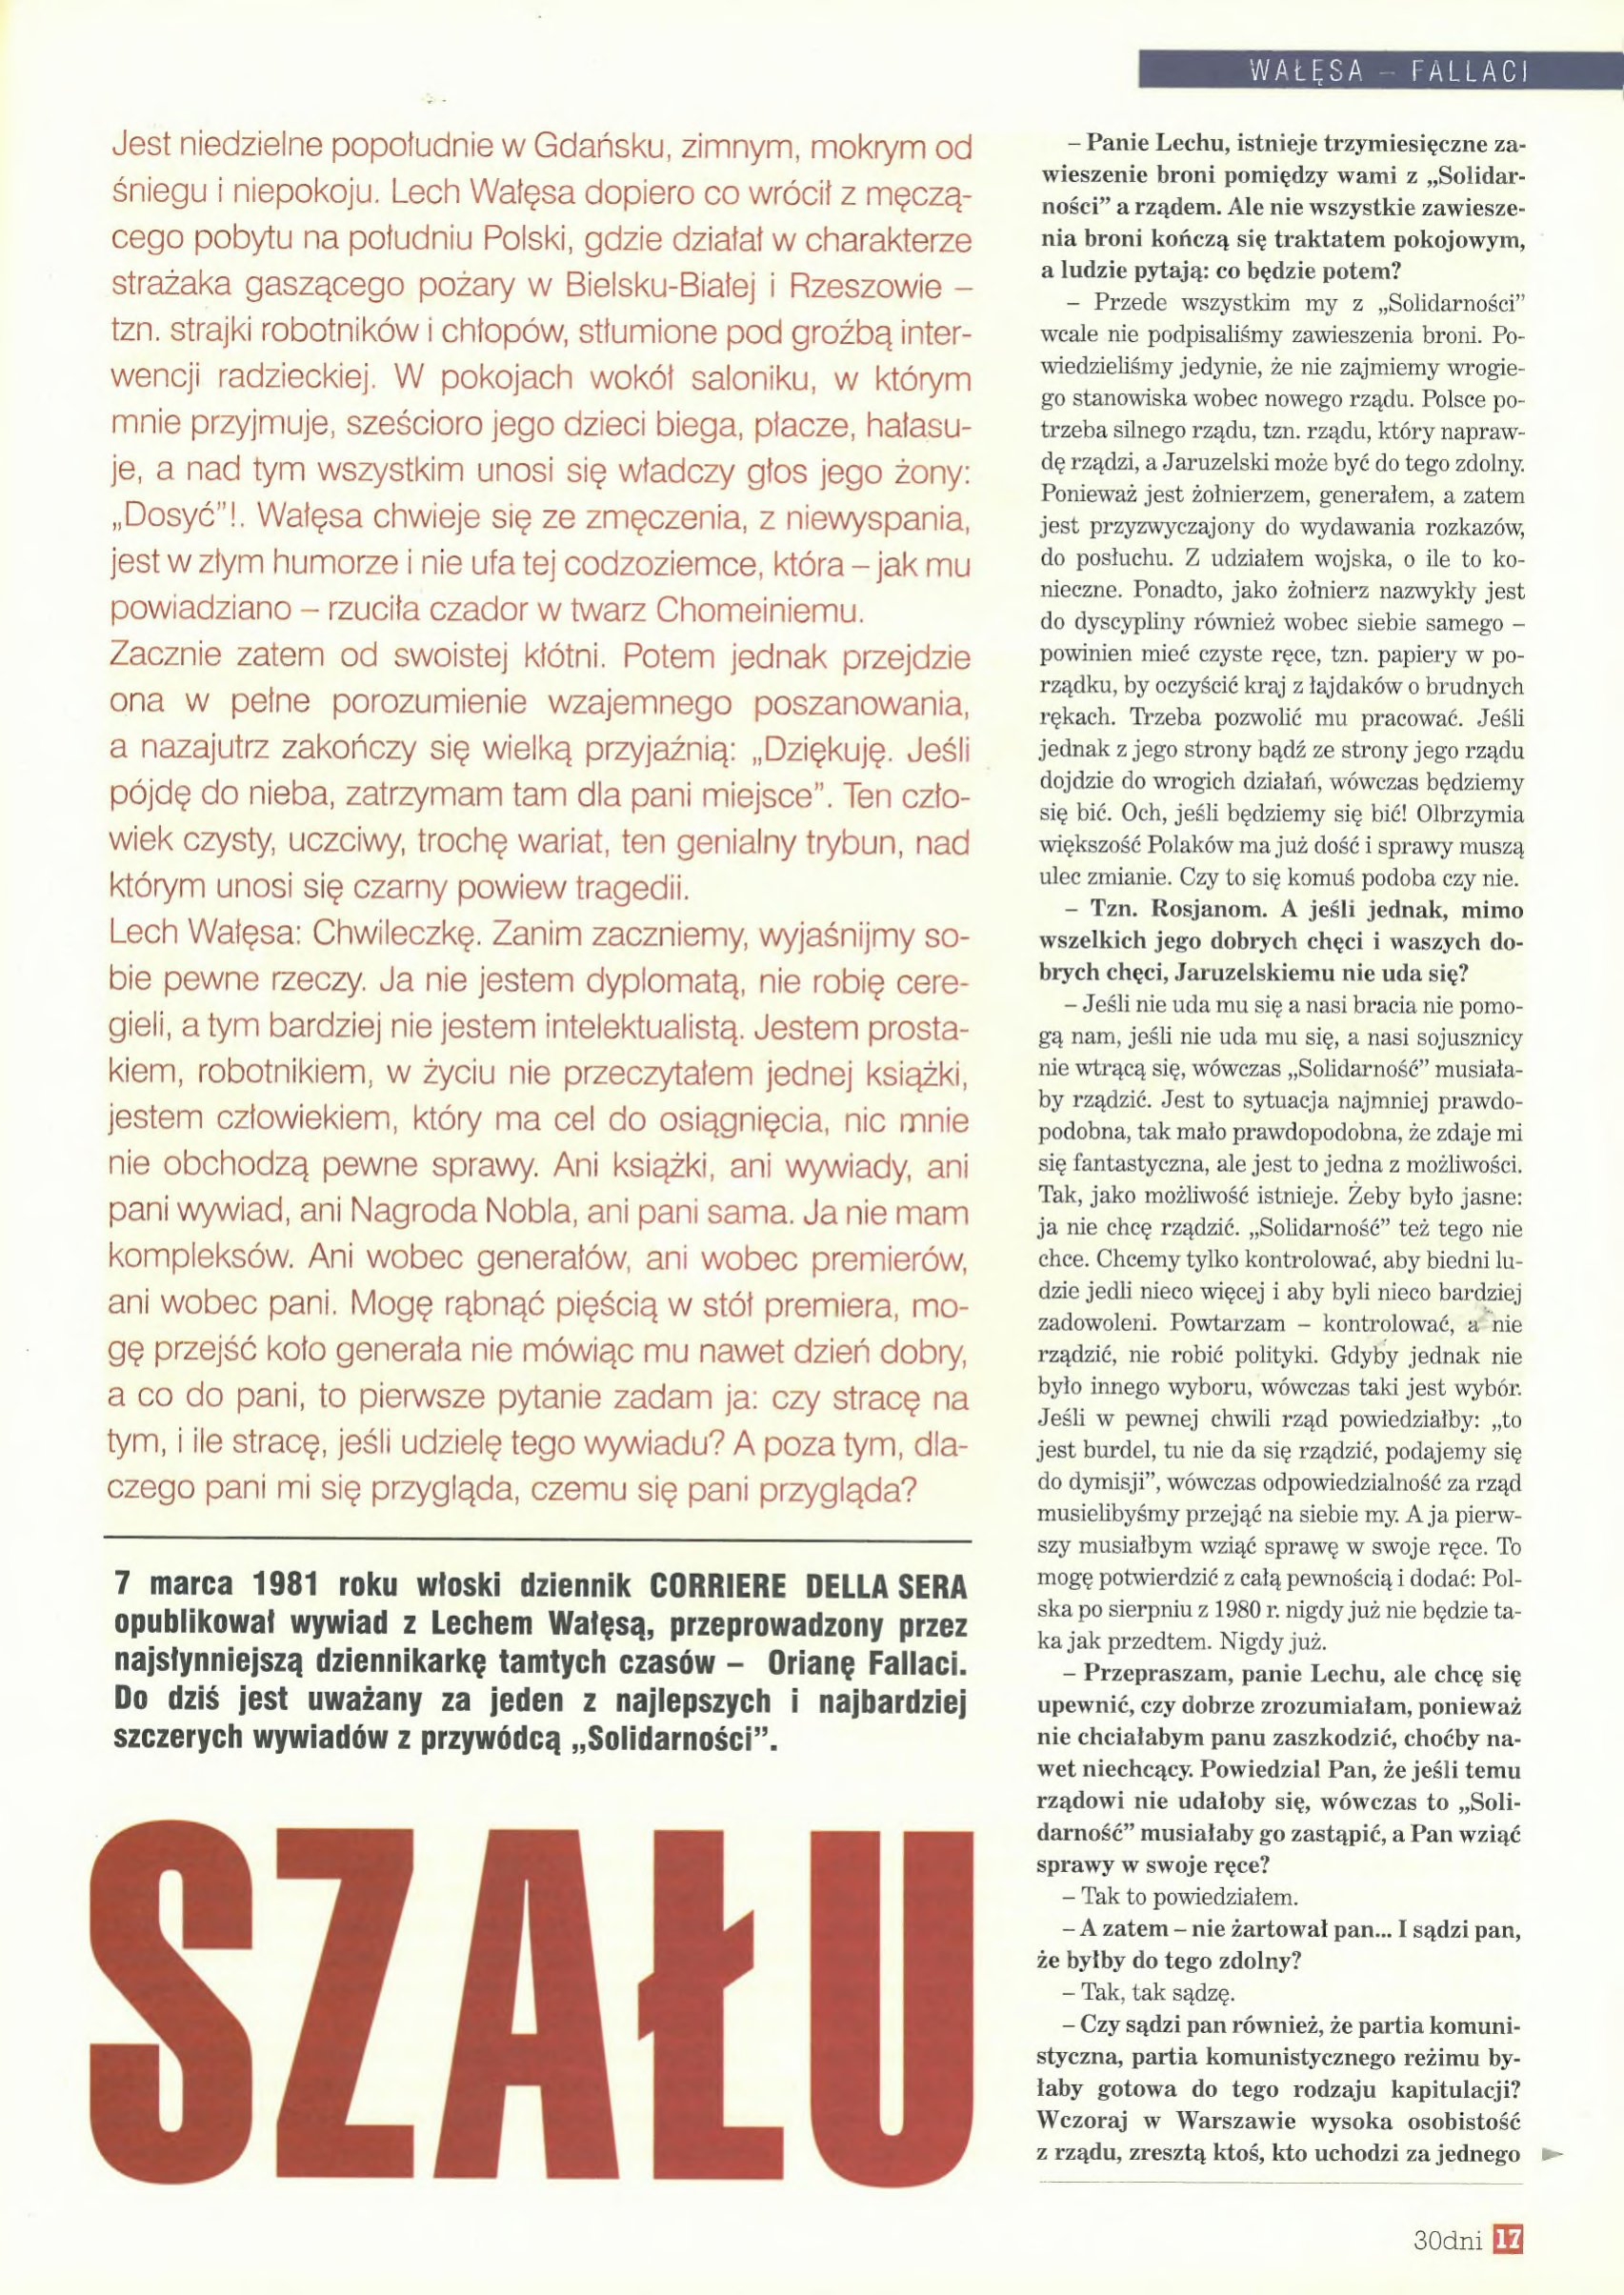
Language: pl